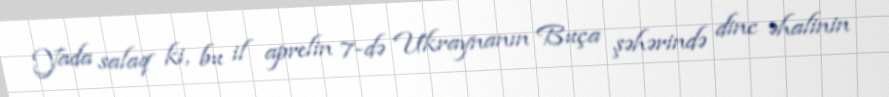
Yada salaq ki, bu il aprelin 7-də Ukraynanın Buça şəhərində dinc əhalinin